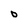
Character: O